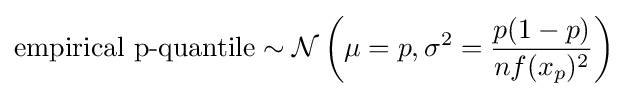
{\text{empirical p-quantile}}\sim {\mathcal {N}}\left(\mu =p,\sigma ^{2}={\frac {p(1-p)}{nf(x_{p})^{2}}}\right)